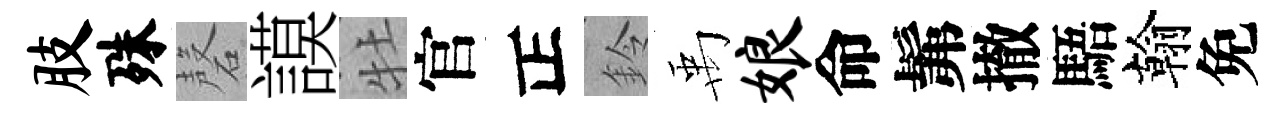
肢殊磬謨牡官正鈴禹娘命髴撤䮏翰免